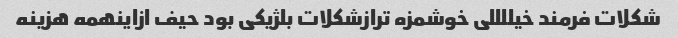
شکلات فرمند خیللللی خوشمزه ترازشکلات بلژیکی بود حیف ازاینهمه هزینه